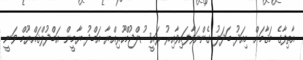
އާތިފާގެ މަޤާމަށް މިއަދު ބަދަލު ގެންނަވާފައިވާއިރު ރައީސުލްޖުމްހޫރިއްޔާ އަބްދު ޔާމީން އަބްދުލްޤައްޔޫމް ވަނީ